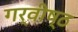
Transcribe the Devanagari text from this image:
गर्वीष्ठ